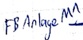
Text: FB Anlage M1